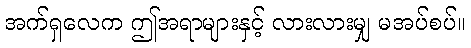
အက်ရှလေက ဤအရာများနှင့် လားလားမျှ မအပ်စပ်။